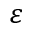
\varepsilon